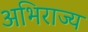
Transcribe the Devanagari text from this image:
अभिराज्य